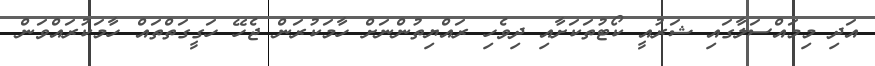
އަދި މިމައްސަލާގައި ޝަރުއީ ކޯޓުތަކަށާއި ދިވެހި ރައްޔިތުންނަށް ހާމަކުރަން ޖެހޭ ހަގީގަތްތައް ހާމަކުރައްވަން